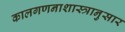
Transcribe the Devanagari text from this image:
कालगणनाशास्त्रानुसार